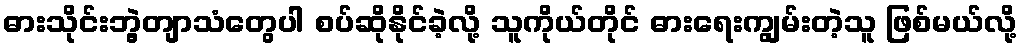
ဓားသိုင်းဘွဲ့တျာသံတွေပါ စပ်ဆိုနိုင်ခဲ့လို့ သူကိုယ်တိုင် ဓားရေးကျွမ်းတဲ့သူ ဖြစ်မယ်လို့